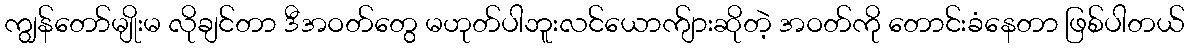
ကျွန်တော်မျိုးမ လိုချင်တာ ဒီအဝတ်တွေ မဟုတ်ပါဘူးလင်ယောက်ျားဆိုတဲ့ အဝတ်ကို တောင်းခံနေတာ ဖြစ်ပါတယ်